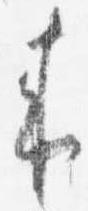
来